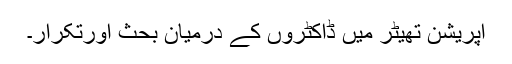
اپریشن تھیٹر میں ڈاکٹروں کے درمیان بحث اورتکرار۔